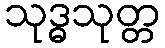
သုဒ္ဓသုတ္တ